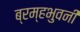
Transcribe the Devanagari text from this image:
ब्रम्हभुवनीं